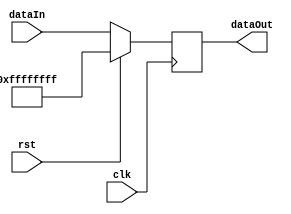
module reg_memory_data(
		input clk,
		input rst,
		input [DATA_WIDTH-1:0] dataIn,
		output reg [DATA_WIDTH-1:0] dataOut
    );
	 
	parameter DATA_WIDTH = 32;
	 
	always @(posedge clk)
		begin
		if (rst)
			begin
			dataOut <= 32'hFFFFFFFF;
			end
		else
			begin
			dataOut <= dataIn;
			end
		end
		
endmodule